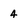
Character: 4